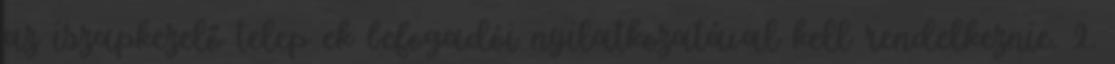
az iszapkezelő telep ek befogadói nyilatkozatával kell rendelkeznie. 2.